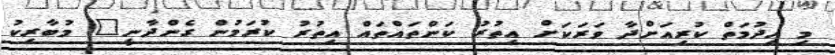
މި ހިދުމަތް ކުރިއަށްދާ ވަރަކަށް އިތުރު ކަންތައްތައް އިތުރު ކުރަމުން ގެންދާނީ" މުބާރިކު